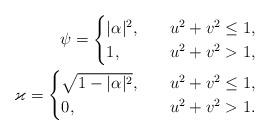
LaTeX: \begin{align*} \psi=\begin{cases}|\alpha|^2,\quad& u^2+v^2\le1,\\1,\quad& u^2+v^2>1,\end{cases}\\\varkappa=\begin{cases}\sqrt{1-|\alpha|^2},\quad& u^2+v^2\le1,\\0,\quad& u^2+v^2>1.\end{cases}\end{align*}